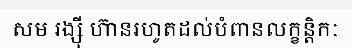
សម រង្ស៊ី ហ៊ានរហូតដល់បំពានលក្ខន្តិកៈ